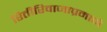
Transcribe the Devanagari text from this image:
रितीरिवाजाप्रमाणे